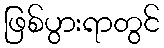
ဖြစ်ပွားရာတွင်